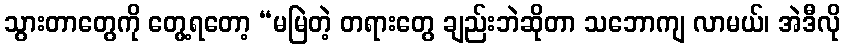
သွားတာတွေကို တွေ့ရတော့ “မမြဲတဲ့ တရားတွေ ချည်းဘဲဆိုတာ သဘောကျ လာမယ်၊ အဲဒီလို